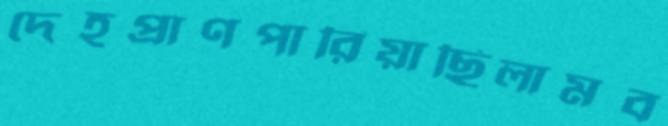
দেহপ্রাণপারিয়াছিলামব